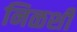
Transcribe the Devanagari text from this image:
निळशी